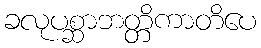
ခလုပစ္ဆာဘတ္တိကာတိပေ